Civil Veterinary Department ledger series I-VI
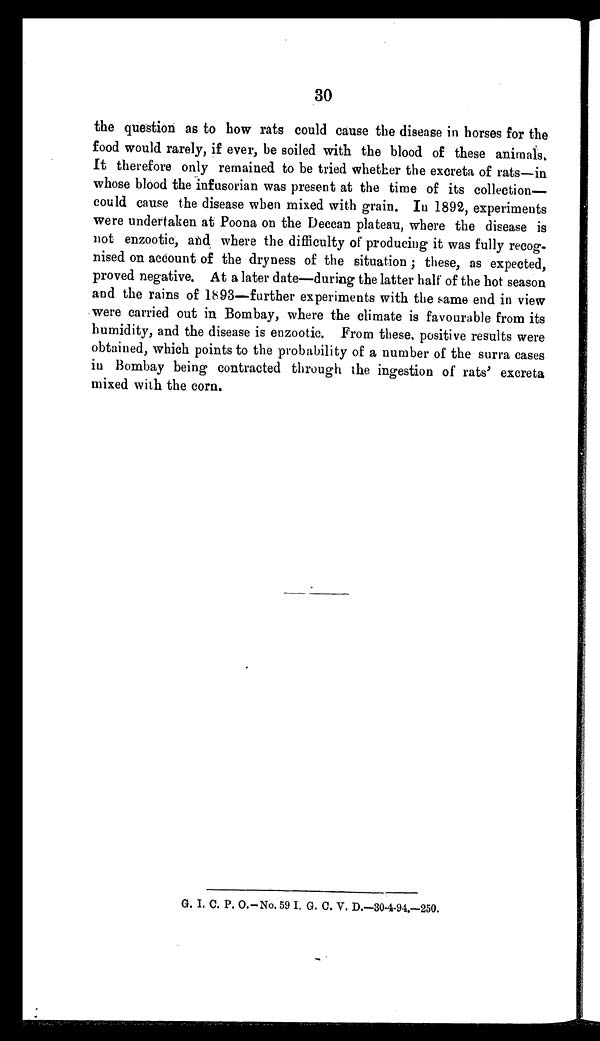
30
the question as to how rats could cause the disease in horses for the
food would rarely, if ever, be soiled with the blood of these animals.
It therefore only remained to be tried whether the excreta of rats—in
whose blood the infusorian was present at the time of its collection—
could cause the disease when mixed with grain. In 1892, experiments
were undertaken at Poona on the Deccan plateau, where the disease is
not enzootic, and where the difficulty of producing it was fully recog-
nised on account of the dryness of the situation; these, as expected,
proved negative. At a later date—during the latter half of the hot season
and the rains of 1893—further experiments with the same end in view
were carried out in Bombay, where the climate is favourable from its
humidity, and the disease is enzootic. From these, positive results were
obtained, which points to the probability of a number of the surra cases
in Bombay being contracted through the ingestion of rats' excreta
mixed with the corn.
G. I. C. P. O.-No. 59 I. G. C. V. D.-30-4-94.-250.